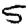
Digit: 5